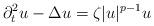
LaTeX: \begin{align*} \partial_t^2 u - \Delta u = \zeta |u|^{p-1} u \end{align*}